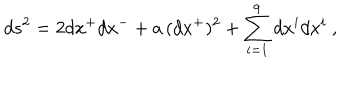
LaTeX: d s ^ { 2 } = 2 d x ^ { + } d x ^ { - } + a \, ( d x ^ { + } ) ^ { 2 } + \sum _ { i = 1 } ^ { 9 } d x ^ { i } d x ^ { i } ~ ,